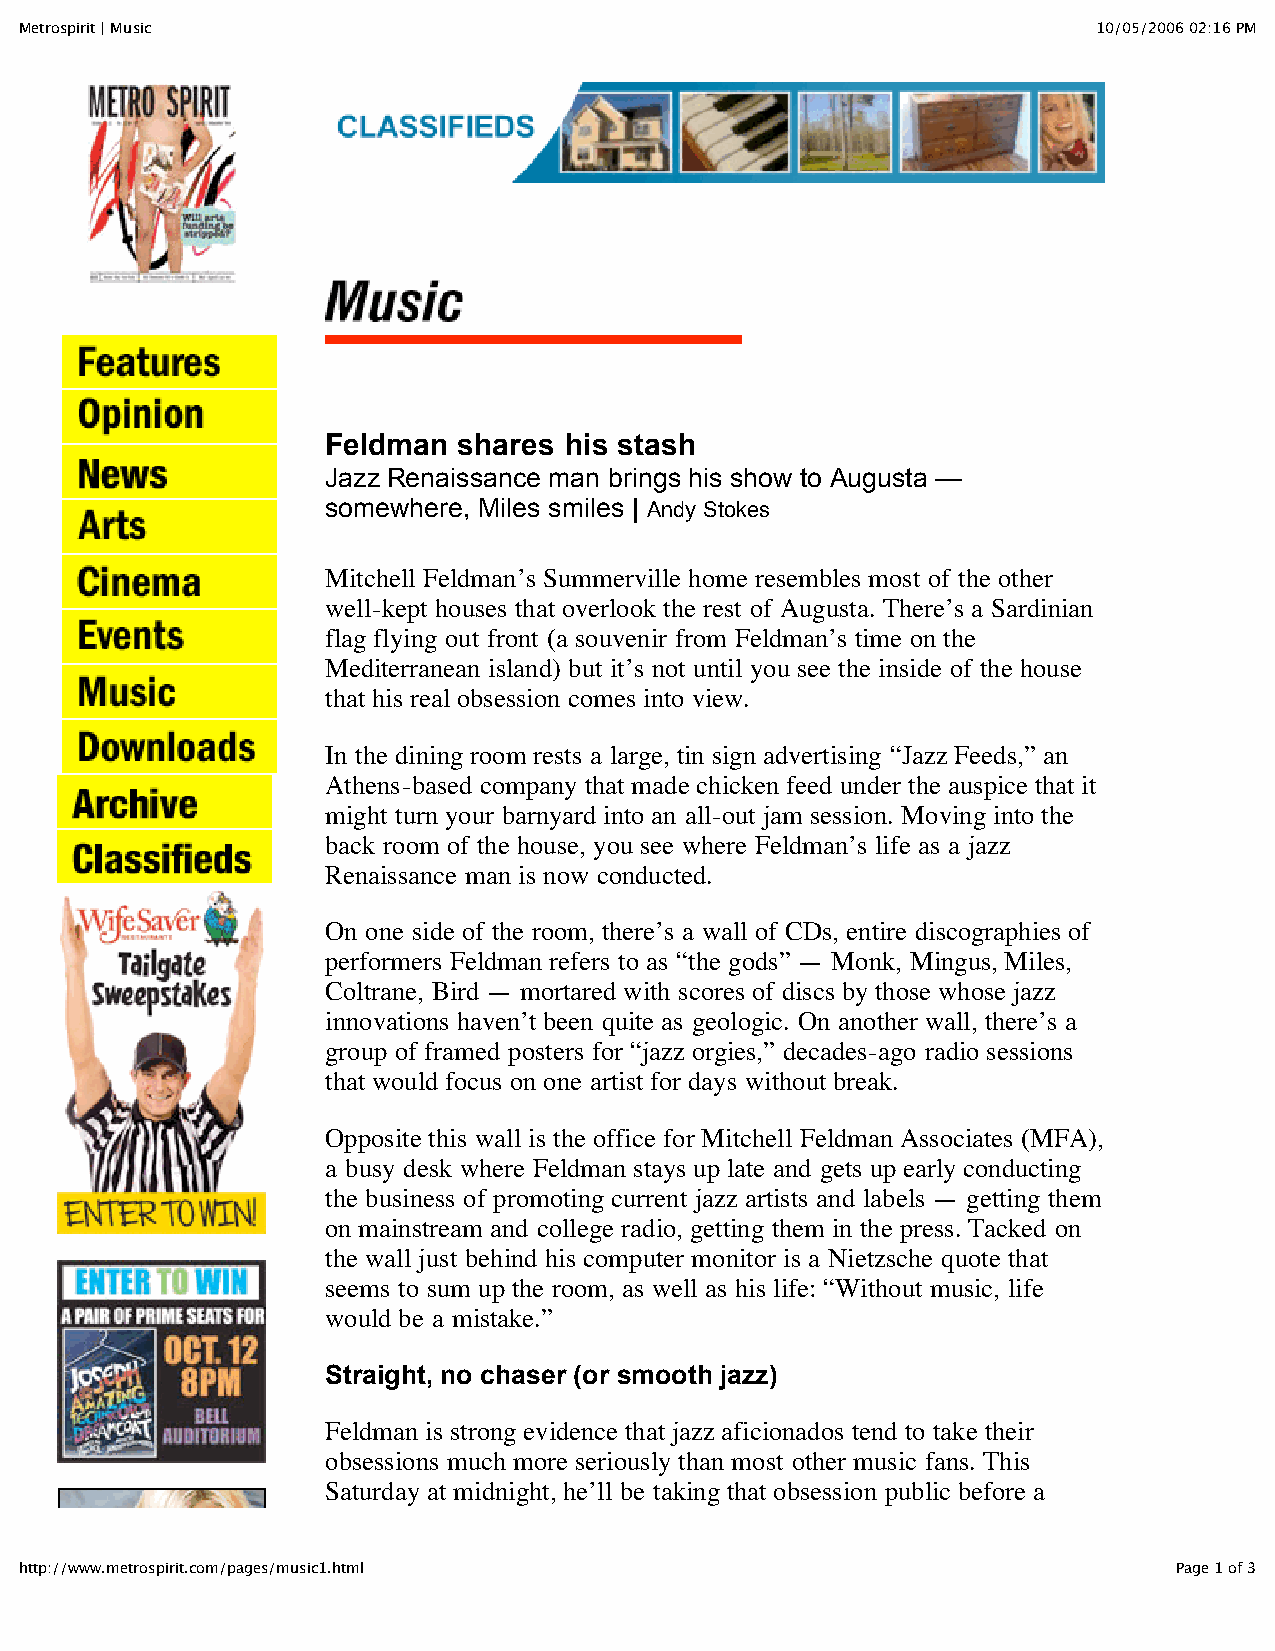
Metrospirit | Music                                                     10/05/2006 02:16 PM
 Feldman shares his stash
 Jazz Renaissance man brings his show to Augusta —
 somewhere, Miles smiles | Andy Stokes
 Mitchell Feldman’s Summerville home resembles most of the other
 well-kept houses that overlook the rest of Augusta. There’s a Sardinian
 flag flying out front (a souvenir from Feldman’s time on the
 Mediterranean island) but it’s not until you see the inside of the house
 that his real obsession comes into view.
 In the dining room rests a large, tin sign advertising “Jazz Feeds,” an
 Athens-based company that made chicken feed under the auspice that it
 might turn your barnyard into an all-out jam session. Moving into the
 back room of the house, you see where Feldman’s life as a jazz
 Renaissance man is now conducted.
 On one side of the room, there’s a wall of CDs, entire discographies of
 performers Feldman refers to as “the gods” — Monk, Mingus, Miles,
 Coltrane, Bird — mortared with scores of discs by those whose jazz
 innovations haven’t been quite as geologic. On another wall, there’s a
 group of framed posters for “jazz orgies,” decades-ago radio sessions
 that would focus on one artist for days without break.
 Opposite this wall is the office for Mitchell Feldman Associates (MFA),
 a busy desk where Feldman stays up late and gets up early conducting
 the business of promoting current jazz artists and labels — getting them
 on mainstream and college radio, getting them in the press. Tacked on
 the wall just behind his computer monitor is a Nietzsche quote that
 seems to sum up the room, as well as his life: “Without music, life
 would be a mistake.”
 Straight, no chaser (or smooth jazz)
 Feldman is strong evidence that jazz aficionados tend to take their
 obsessions much more seriously than most other music fans. This
 Saturday at midnight, he’ll be taking that obsession public before a
 http://www.metrospirit.com/pages/music1.html                                 Page 1 of 3